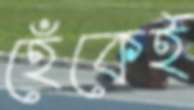
হেঁকেই